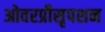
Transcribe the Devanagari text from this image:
ओवरप्रीसृपशन